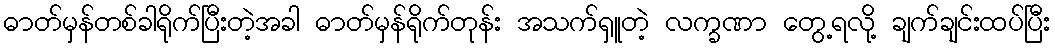
ဓာတ်မှန်တစ်ခါရိုက်ပြီးတဲ့အခါ ဓာတ်မှန်ရိုက်တုန်း အသက်ရှူတဲ့ လက္ခဏာ တွေ့ရလို့ ချက်ချင်းထပ်ပြီး